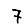
Digit: 7